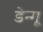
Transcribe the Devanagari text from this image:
डेन्गू